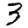
Digit: 3